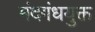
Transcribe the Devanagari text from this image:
मंदगंधयुक्त